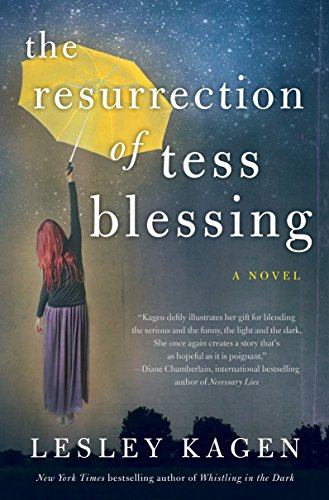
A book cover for The Resurrection of Tess Blessing; Lesley Kagen; Literature & Fiction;